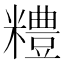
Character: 𥽈